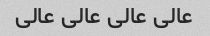
عالی عالی عالی عالی